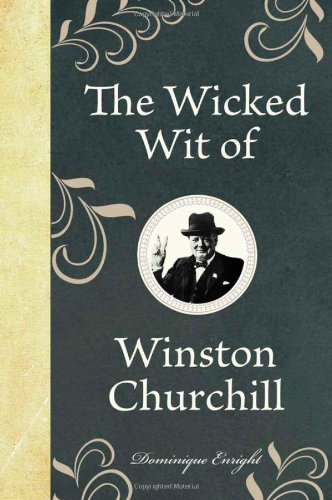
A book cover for The Wicked Wit of Winston Churchill (The Wicked Wit of series); Dominique Enright; Humor & Entertainment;